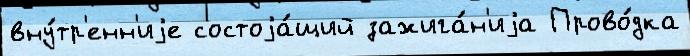
вну́тр'енн'иjе состоjа́щий зажига́н'иjа Прово́дка